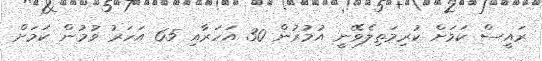
ރައީސް ކަމަށް ކުރިމަތިލެވޭނީ އުމުރުން 30 އަހަރާއި 65 އަހަރު ވުމުން ކަމަށް